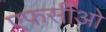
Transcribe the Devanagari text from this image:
एफसीओ